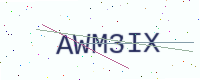
Text: AWM3IX